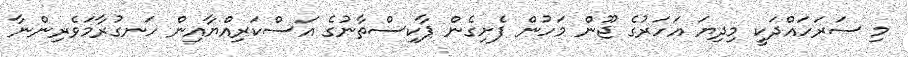
މި ސަރަހައްދަކީ މިދިޔަ އަހަރުގެ ޖޫން މަހުން ފެށިގެން ޕާކިސްތާނުގެ އަސްކަރިއްޔާއިން ހަނގުރާމަވެރިންނާ